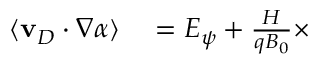
\begin{array} { r l } { \langle \mathbf { v } _ { D } \cdot \nabla \alpha \rangle } & { { } = E _ { \psi } + \frac { H } { q B _ { 0 } } \times } \end{array}